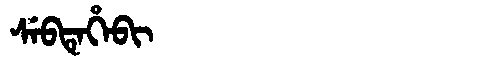
Manchu: ᠰᡝᠪᡨᡝᡥᡝᠪᡳ
Romanization: SEBTEHEBI